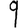
Digit: 9